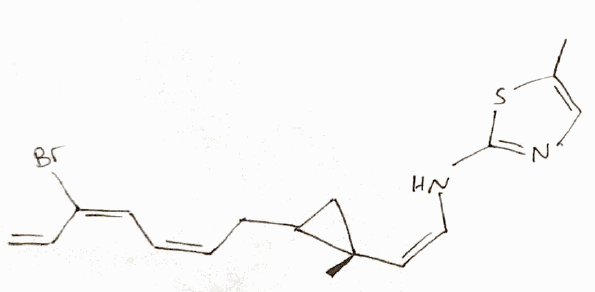
Simplified molecular-input line-entry system (SMILES) notation of the given molecule:
CC1=CN=C(S1)N/C=C\[C@]2(CC2C/C=C\C=C(/C=C)\Br)C